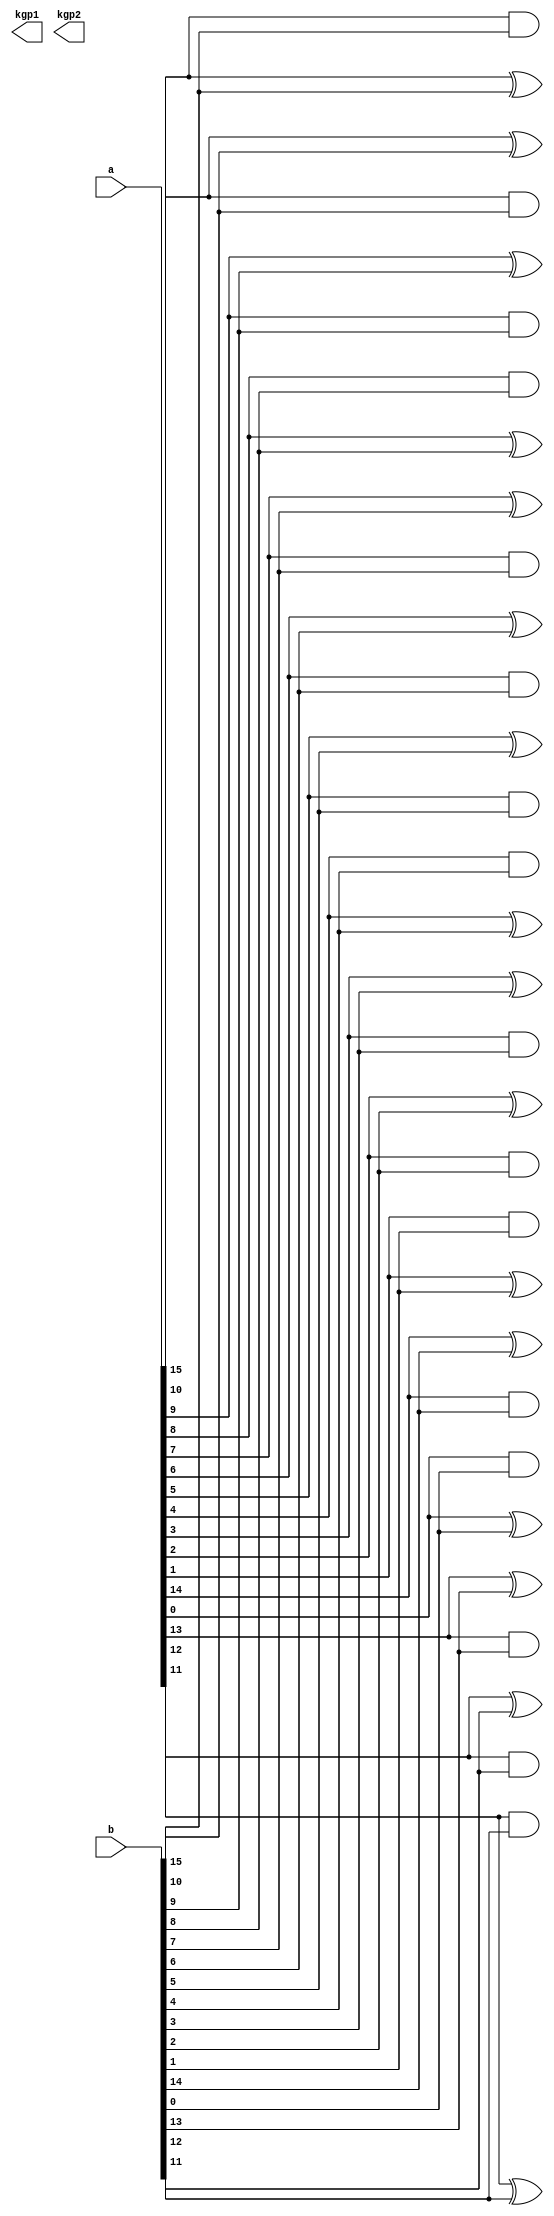
module KGP(output [16:0]kgp1, output [16:0]kgp2, input [15:0]a, input [15:0]b);


genvar i;
generate

	for(i=16;i>0;i=i-1) begin
		assign kgp1[i] = a[i-1] & b[i-1];
		assign kgp2[i] = a[i-1] ^ b[i-1];
	end
endgenerate

endmodule